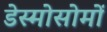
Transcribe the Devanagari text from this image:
डेस्मोसोमों